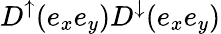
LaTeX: D^{\uparrow}(e_{x}e_{y})D^{\downarrow}(e_{x}e_{y})